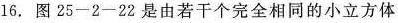
16.图25-2-22是由若干个完全相同的小立方体